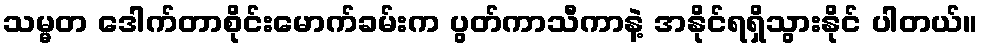
သမ္မတ ဒေါက်တာစိုင်းမောက်ခမ်းက ပွတ်ကာသီကာနဲ့ အနိုင်ရရှိသွားနိုင် ပါတယ်။